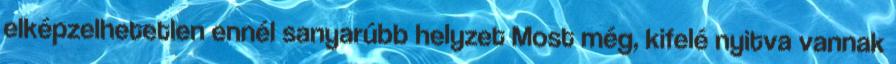
elképzelhetetlen ennél sanyarúbb helyzet Most még, kifelé nyitva vannak